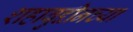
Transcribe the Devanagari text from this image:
शहाबुद्दीनच्या